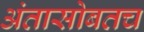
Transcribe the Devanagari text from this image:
अंतासोबतच